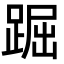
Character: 䠇